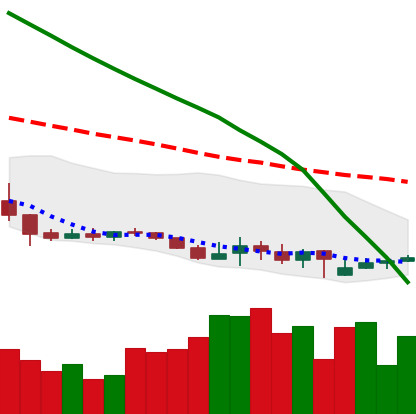
Ticker: XLM-USD
Chart end date: 2019-09-16
Forward return: 21.32%
Label: up_7plus